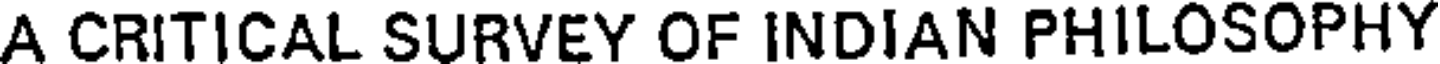
A CRITICAL SURVEY OF INDIAN PHILOSOPHY